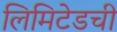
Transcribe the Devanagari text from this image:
लिमिटेडची